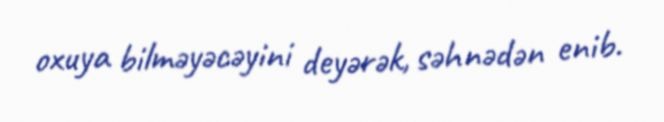
oxuya bilməyəcəyini deyərək, səhnədən enib.